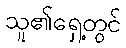
သူ၏ရှေ့တွင်